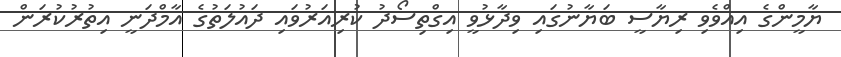
ޔާމީންގެ އިއްވެވި ރިޔާސީ ބަޔާނުގައި ވިދާޅުވީ އިގްތިސޯދު ކުރިއަރުވައި ދައުލަތުގެ އާމްދަނީ އިތުރުކުރަން